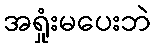
အရှုံးမပေးဘဲ